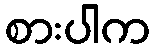
စားပါက